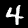
Label: 4